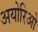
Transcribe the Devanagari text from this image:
अयोरिओ